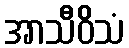
အာသီဝိသံ